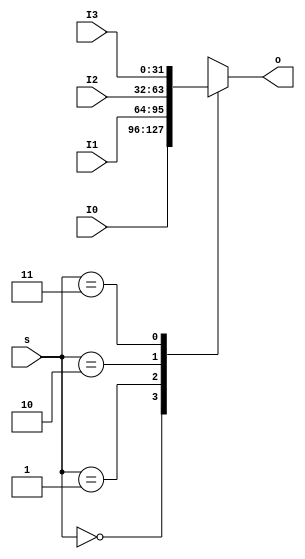
`timescale 1ns / 1ps
//////////////////////////////////////////////////////////////////////////////////
// Company: 
// Engineer: 
// 
// Design Name: 
// Module Name: MUX4T1_32
// Project Name: 
// Target Devices: 
// Tool Versions: 
// Description: 
// 
// Dependencies: 
// 
// Revision:
// Revision 0.01 - File Created
// Additional Comments:
// 
//////////////////////////////////////////////////////////////////////////////////


module MUX4T1_32(
    input [31:0]I0,
    input [31:0]I1,
    input [31:0]I2,
    input [31:0]I3,
    input [1:0] s,
    output reg [31:0] o
    );

    always @(*) begin
        case (s)
            2'b00: o=I0;
            2'b01: o=I1;
            2'b10: o=I2;
            2'b11: o=I3;
        endcase
    end
endmodule